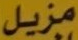
مزيل